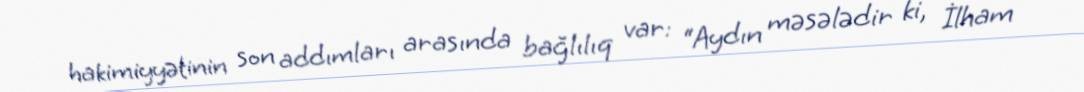
hakimiyyətinin son addımları arasında bağlılıq var: “Aydın məsələdir ki, İlham